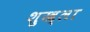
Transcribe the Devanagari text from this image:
शुख्ला